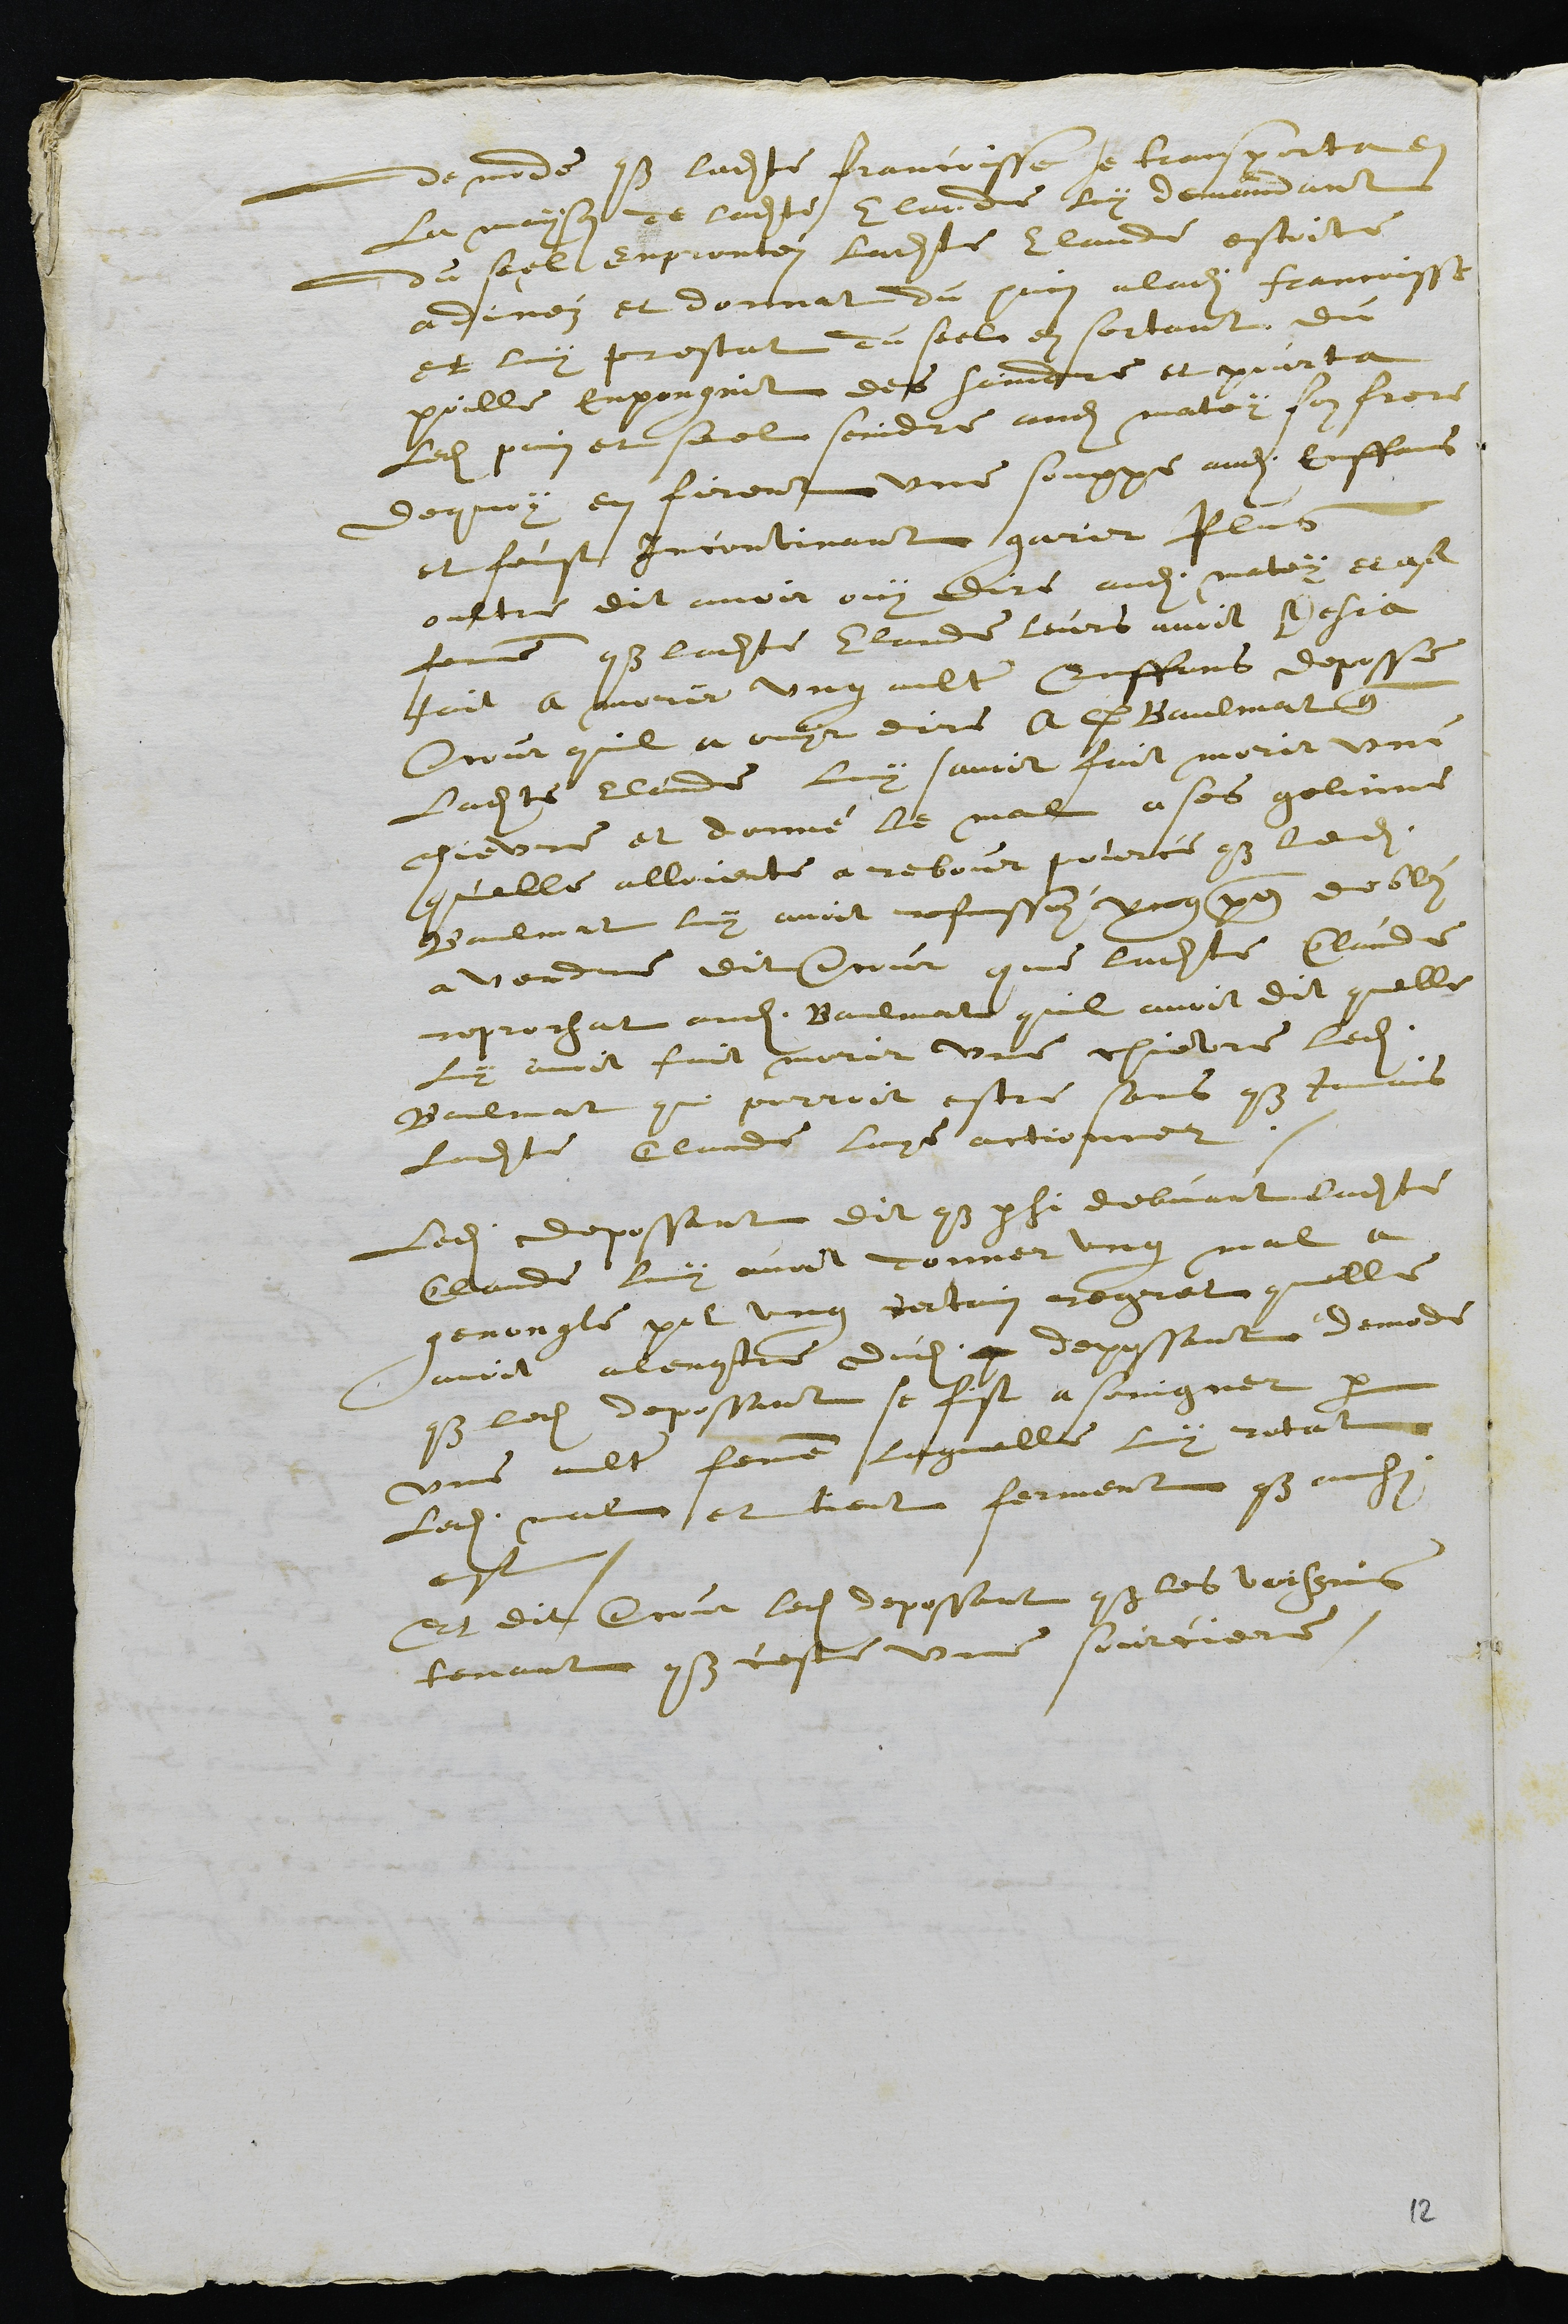
de mode que ladite francoisse se transporta en
la mayson de ladite Claude luy demandant
du seel enprontez ladite Claude estoite
a dinéz et donnat du pain a ladite francoisse
et luy prestat du seel en sortant du
poille enpongnit des saindre et pourta
ledit pain et seel saindre audit matey son frere
dequoy en firent une souppe audit enffans
et feust incontinant garir Plus
oultre dit avoit ouy dire audit matey et a sa
femme que ladite Claude leurs avoit desja
fait a morir ung aultre Enffans deposse
encour quil a ouyr dire a C Baulmat que
ladite Claude luy savoit fait morir une
chievre et donné le mal a ses geline
quelle alloiente a rebour pource que ledit
Baulmat luy avoit refussez ung pen de blez
a vendre dit encour que ladite Claude
reprochat audit Baulmat quil avoit dit quelle
luy avoit fait morir une chievre ledit
Baulmat qui pourroit estre sans que jamais
ladite Claude laye actionner.
Ledit depossant dit que parsi debvant ladite
Claude luy avoit donner ung mal a
genongle pour ung certain regret quelle
avoit alencontre dudit qu depossant demode
que ledit depossant se fist a soingner par
une aultre femme laquelle luy rotat
ledit mal, et tient ferment que ainsi
est.
Et dit encour ledit depossant que les voissins
tenant que ceste une sourciere.

12